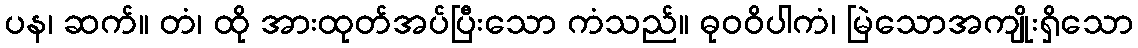
ပန၊ ဆက်။ တံ၊ ထို အားထုတ်အပ်ပြီးသော ကံသည်။ ဓုဝဝိပါကံ၊ မြဲသောအကျိုးရှိသော